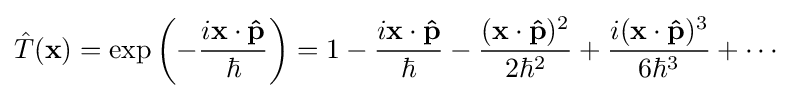
{\hat {T}}(\mathbf {x} )=\exp \left(-{\frac {i\mathbf {x} \cdot \mathbf {\hat {p}} }{\hbar }}\right)=1-{\frac {i\mathbf {x} \cdot \mathbf {\hat {p}} }{\hbar }}-{\frac {(\mathbf {x} \cdot \mathbf {\hat {p}} )^{2}}{2\hbar ^{2}}}+{\frac {i(\mathbf {x} \cdot \mathbf {\hat {p}} )^{3}}{6\hbar ^{3}}}+\cdots